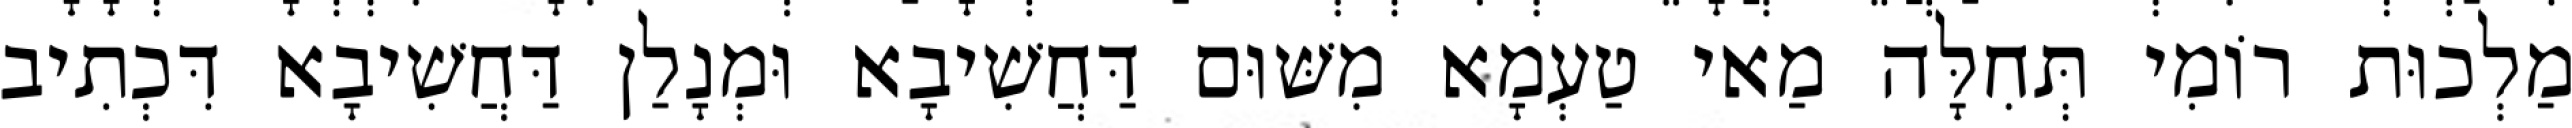
מַלְכוּת רוֹמִי תְּחִלָּה מַאי טַעְמָא מִשּׁוּם דַּחֲשִׁיבָא וּמְנָלַן דַּחֲשִׁיבָא דִּכְתִיב